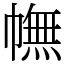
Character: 幠